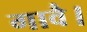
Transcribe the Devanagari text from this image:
गावै।